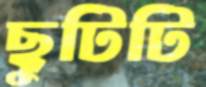
ছুটিটি